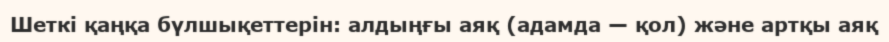
Шеткі қаңқа бүлшықеттерін: алдыңғы аяқ (адамда — қол) және артқы аяқ